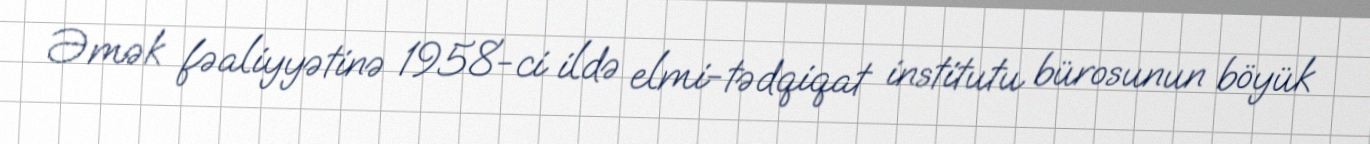
Əmək fəaliyyətinə 1958-ci ildə elmi-tədqiqat institutu bürosunun böyük